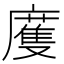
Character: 𢋒